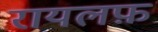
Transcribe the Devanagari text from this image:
रायलफ़